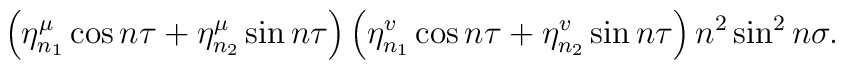
\left( \eta _{n_{1}}^{\mu }\cos n\tau +\eta _{n_{2}}^{\mu }\sin n\tau\right) \left( \eta _{n_{1}}^{v}\cos n\tau +\eta _{n_{2}}^{v}\sin n\tau\right) n^{2}\sin ^{2}n\sigma .